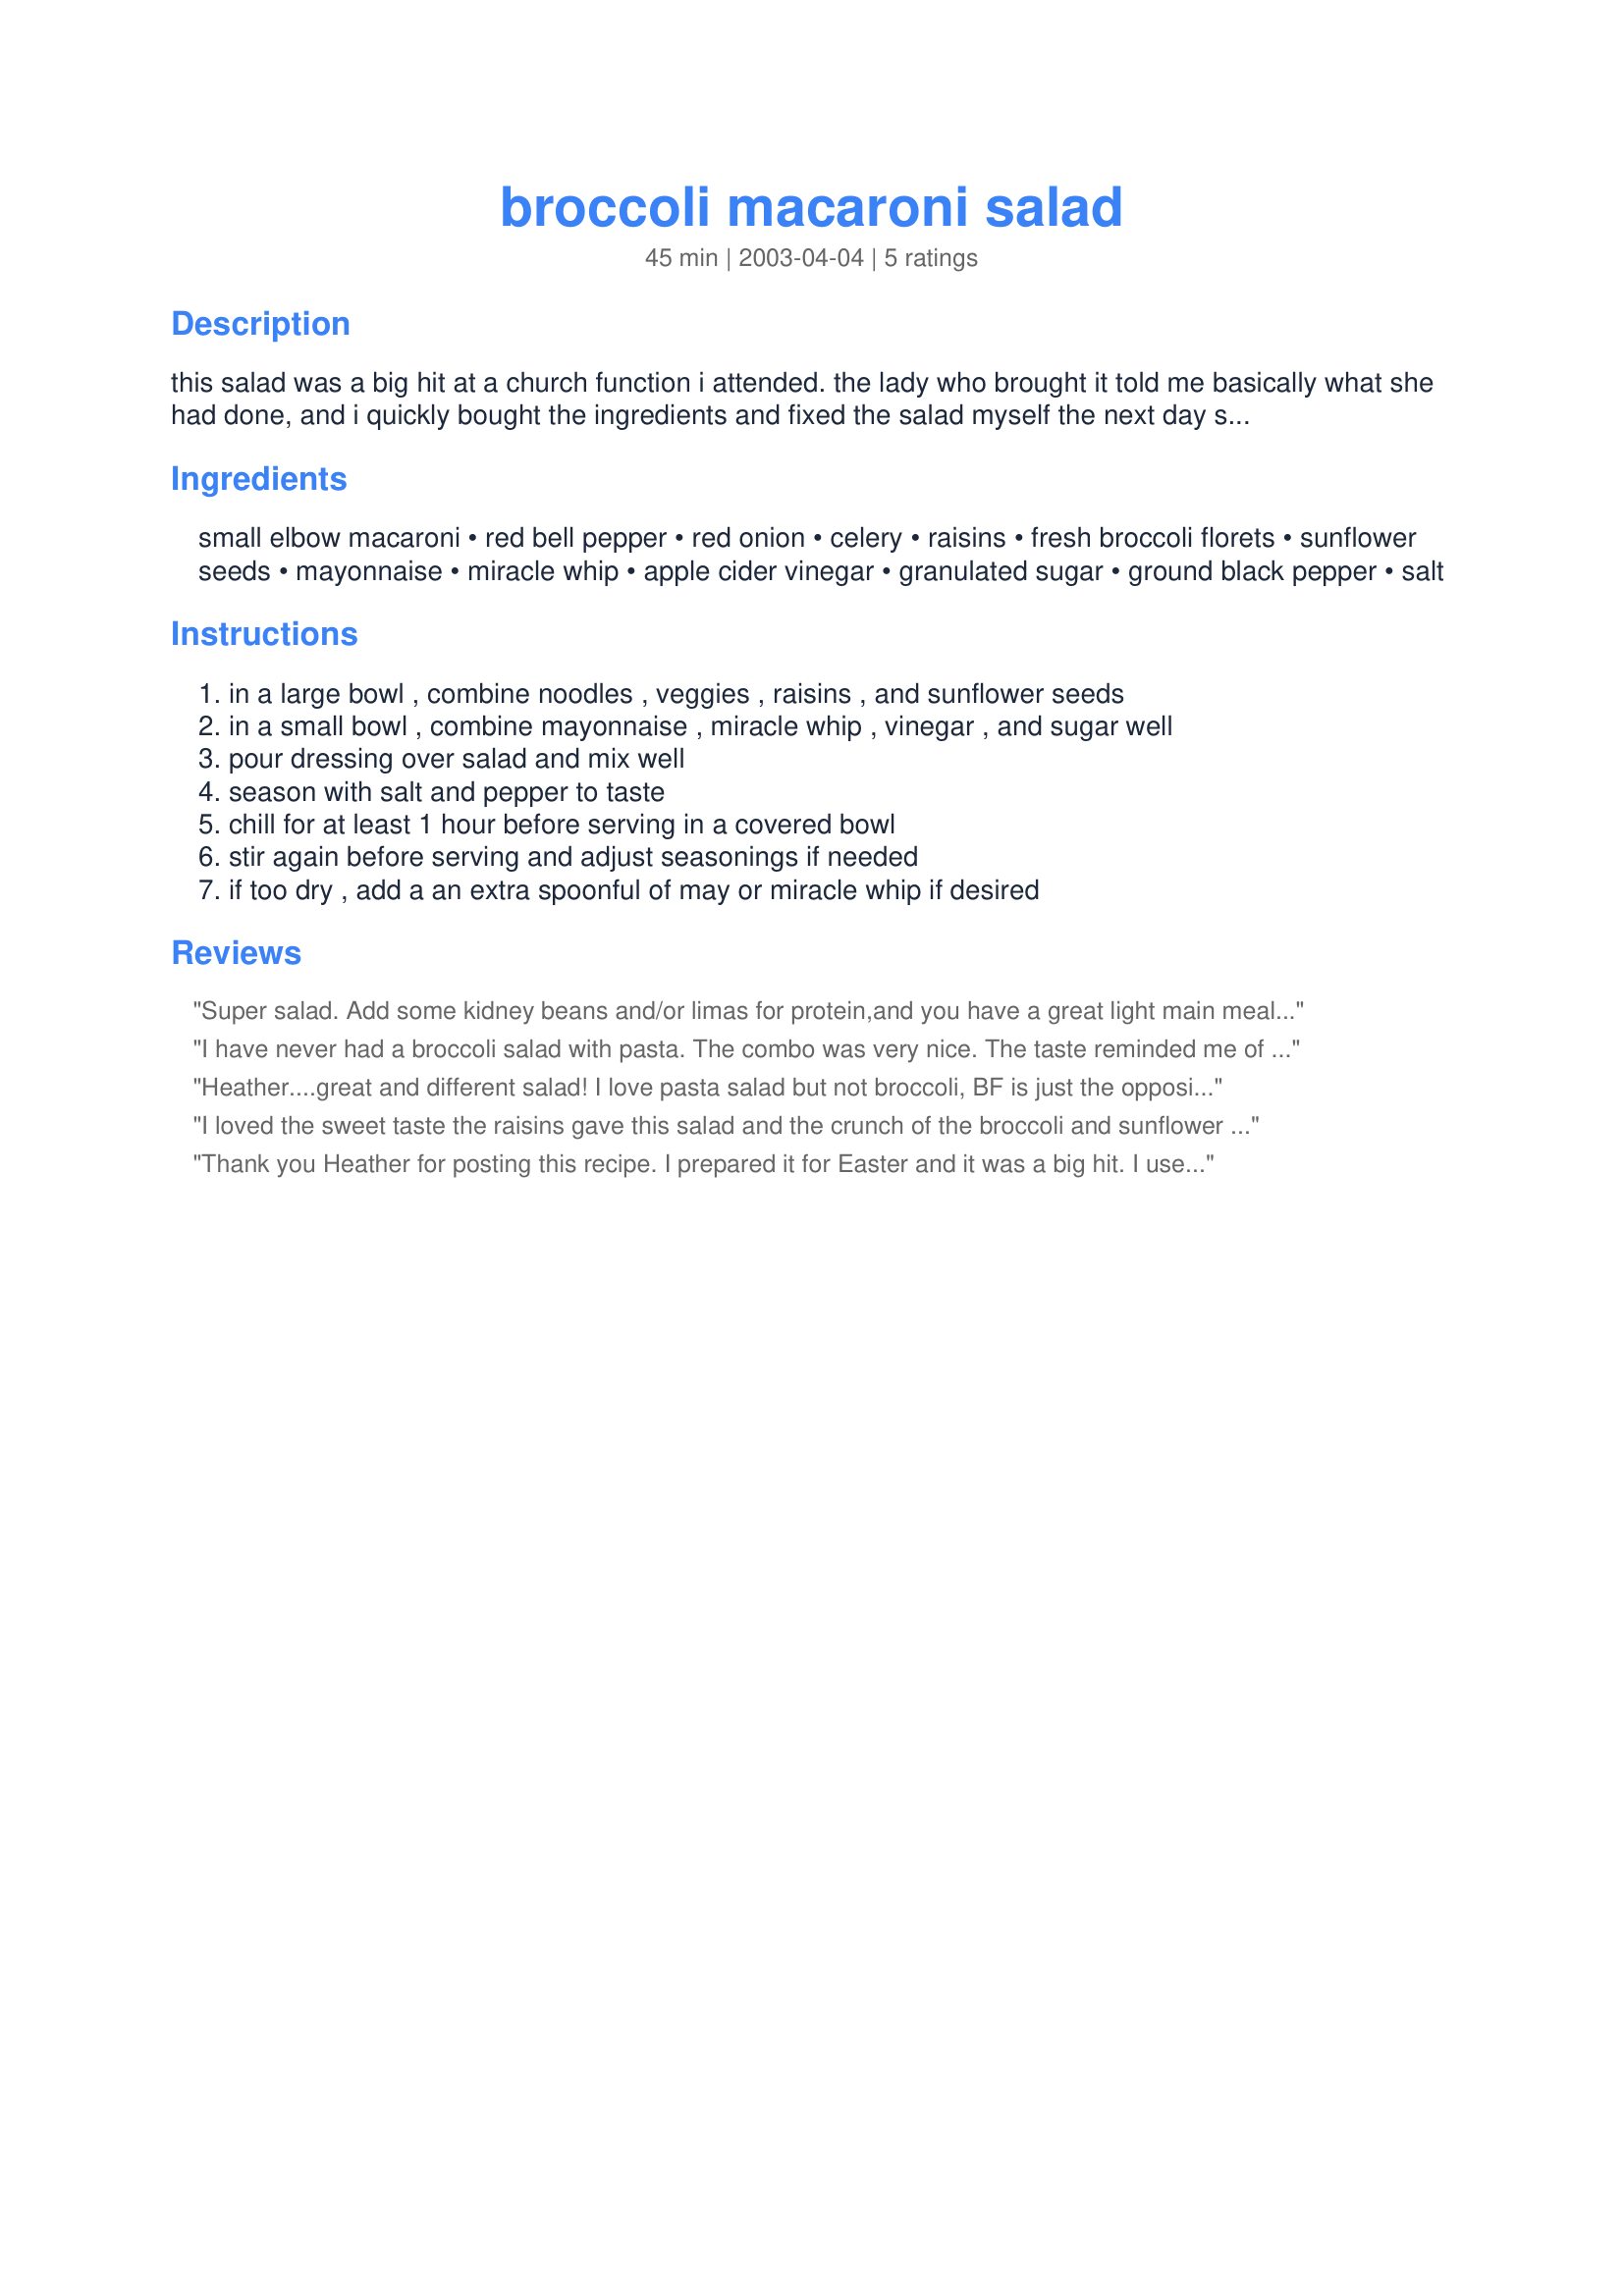
broccoli macaroni salad
Preparation time: 45 minutes

this salad was a big hit at a church function i attended. the lady who brought it told me basically what she had done, and i quickly bought the ingredients and fixed the salad myself the next day so i could jot it down and share with you all. cook time is for cooking the pasta - also allow cooling time for the pasta (at least 30 minutes). once assembled, the salad neds to chill as well - at least 1 hour before serving.

Ingredients:
small elbow macaroni, red bell pepper, red onion, celery, raisins, fresh broccoli florets, sunflower seeds, mayonnaise, miracle whip, apple cider vinegar, granulated sugar, ground black pepper, salt

Steps:
in a large bowl , combine noodles , veggies , raisins , and sunflower seeds, in a small bowl , combine mayonnaise , miracle whip , vinegar , and sugar well, pour dressing over salad and mix well, season with salt and pepper to taste, chill for at least 1 hour before serving in a covered bowl, stir again before serving and adjust seasonings if needed, if too dry , add a an extra spoonful of may or miracle whip if desired

Reviews:
Super salad. Add some kidney beans and/or limas for protein,and you have a great light main meal for a hot summer's eve. Good work, Heather.
I have never had a broccoli salad with pasta. The combo was very nice. The taste reminded me of the broccoli salad they have at Sweet Tomatoes. The only changes I made was to substitute shredded carrots for red bell pepper as I did not have any. Next time if I have the peppers I will still add the carrots for extra nutrition. I left out the celery and also halved the amount of sugar. It was plenty sweet enough for me. Thanks Heather
Heather....great and different salad! I love pasta salad but not broccoli, BF is just the opposite, so we compromised here....dressing is great and the addition of raisins and sunflower seed.....wunderbar! TY
I loved the sweet taste the raisins gave this salad and the crunch of the broccoli and sunflower seeds! Yummy, yummy! Thanks Heather!
Thank you Heather for posting this recipe. I prepared it for Easter and it was a big hit. I used the 2 1/2 cups of broccoli, raisins, and 1/3 cup plus the 1/2 cup using the Miracle Whip. The end product was just right not to dry or not to over powering with Miracle Whip. Next time I want to make this with the sultanas in it.
